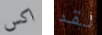
اكس لقد